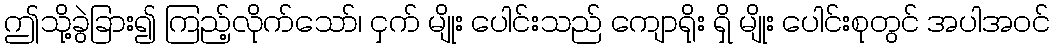
ဤသို့ခွဲခြား၍ ကြည့်လိုက်သော်၊ ငှက် မျိုး ပေါင်းသည် ကျောရိုး ရှိ မျိုး ပေါင်းစုတွင် အပါအဝင်